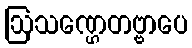
ဩသဏ္ဌေတဗ္ဗာပေ